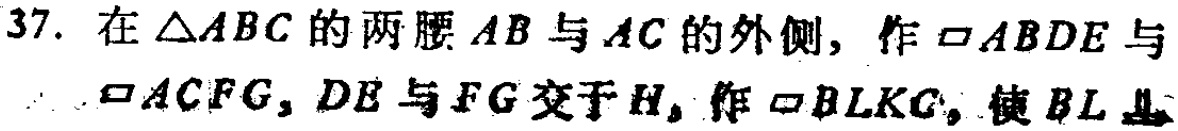
37. 在\(\triangle ABC\)的两腰\(AB\)与\(AC\)的外侧，作\(\square ABDE\)与\(\square ACFG\)，\(DE\)与\(FG\)交于\(H\)，作\(\square BLKC\)，使\(BL\perp\)